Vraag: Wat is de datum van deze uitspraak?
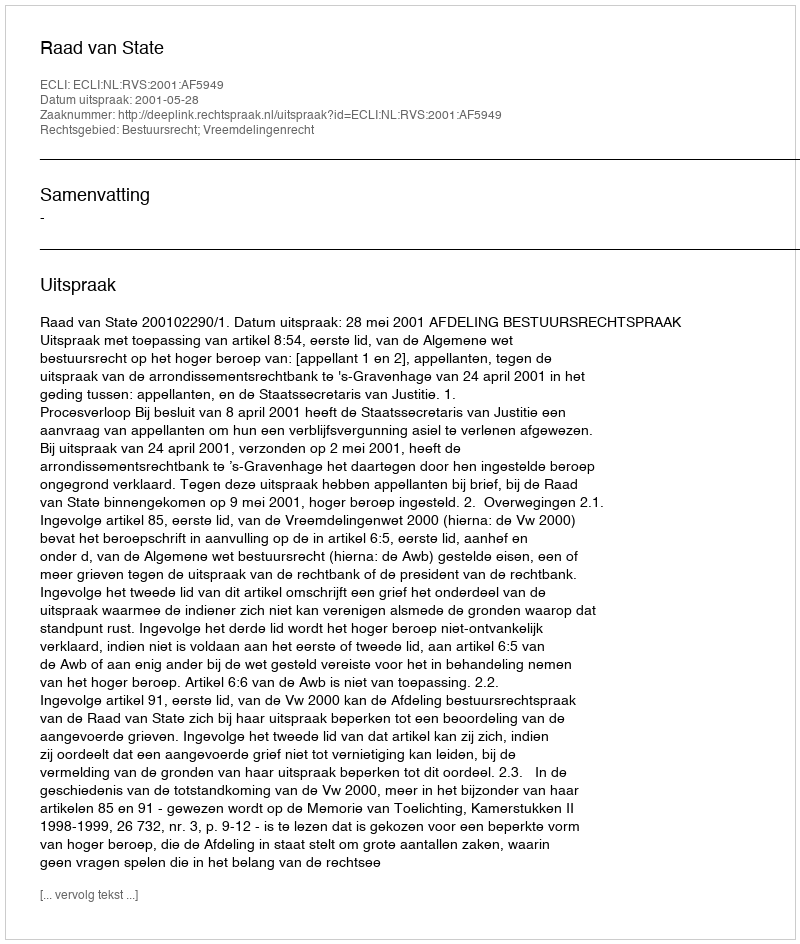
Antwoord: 2001-05-28